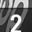
Digit: 2